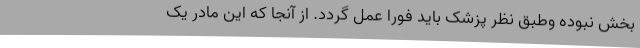
بخش نبوده وطبق نظر پزشک باید فورا عمل گردد. از آنجا که این مادر یک